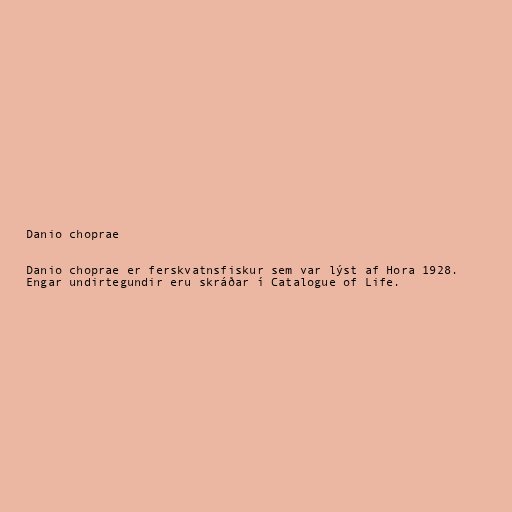
Danio choprae

Danio choprae er ferskvatnsfiskur sem var lýst af Hora 1928.
Engar undirtegundir eru skráðar í Catalogue of Life.